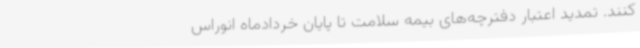
کنند. تمدید اعتبار دفترچه‌های بیمه سلامت تا پایان خردادماه انوراس